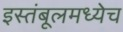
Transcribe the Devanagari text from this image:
इस्तंबूलमध्येच